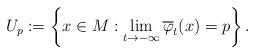
LaTeX: \begin{align*}U_p:=\left\{x\in M:\lim_{t\to-\infty}\overline{\varphi}_t(x)=p\right\}.\end{align*}